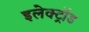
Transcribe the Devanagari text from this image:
इलेक्ट्रॉड